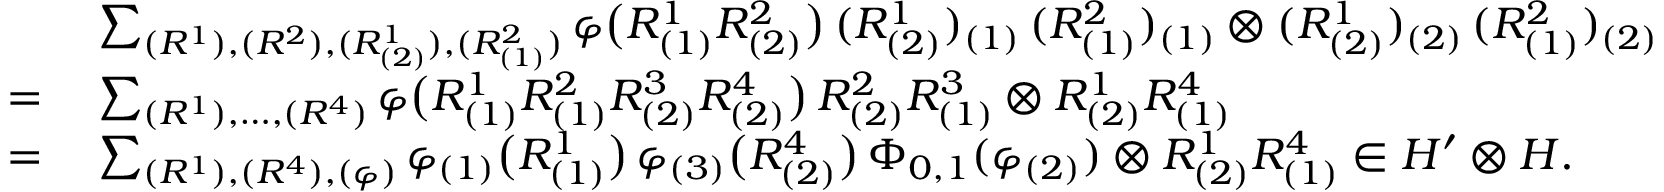
\begin{array} { r l } & { \sum _ { ( R ^ { 1 } ) , ( R ^ { 2 } ) , ( R _ { ( 2 ) } ^ { 1 } ) , ( R _ { ( 1 ) } ^ { 2 } ) } \varphi \bigl ( R _ { ( 1 ) } ^ { 1 } R _ { ( 2 ) } ^ { 2 } \bigr ) \, ( R _ { ( 2 ) } ^ { 1 } ) _ { ( 1 ) } \, ( R _ { ( 1 ) } ^ { 2 } ) _ { ( 1 ) } \otimes ( R _ { ( 2 ) } ^ { 1 } ) _ { ( 2 ) } \, ( R _ { ( 1 ) } ^ { 2 } ) _ { ( 2 ) } } \\ { = \: } & { \sum _ { ( R ^ { 1 } ) , \ldots , ( R ^ { 4 } ) } \varphi \bigl ( R _ { ( 1 ) } ^ { 1 } R _ { ( 1 ) } ^ { 2 } R _ { ( 2 ) } ^ { 3 } R _ { ( 2 ) } ^ { 4 } \bigr ) \, R _ { ( 2 ) } ^ { 2 } R _ { ( 1 ) } ^ { 3 } \otimes R _ { ( 2 ) } ^ { 1 } R _ { ( 1 ) } ^ { 4 } } \\ { = \: } & { \sum _ { ( R ^ { 1 } ) , ( R ^ { 4 } ) , ( \varphi ) } \varphi _ { ( 1 ) } \bigl ( R _ { ( 1 ) } ^ { 1 } \bigr ) \, \varphi _ { ( 3 ) } \bigl ( R _ { ( 2 ) } ^ { 4 } \bigr ) \, \Phi _ { 0 , 1 } ( \varphi _ { ( 2 ) } ) \otimes R _ { ( 2 ) } ^ { 1 } R _ { ( 1 ) } ^ { 4 } \in H ^ { \prime } \otimes H . } \end{array}